Problem: 24 + 42 = ?
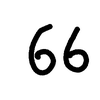
Handwritten answer: 66